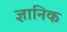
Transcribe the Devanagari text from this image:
ज्ञानिक